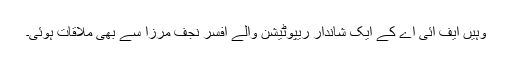
وہیں ایف آئی اے کے ایک شاندار ریپوٹیشن والے افسر نجف مرزا سے بھی ملاقات ہوئی۔